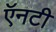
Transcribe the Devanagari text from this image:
ऍनटी